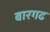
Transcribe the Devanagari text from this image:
बारगढ